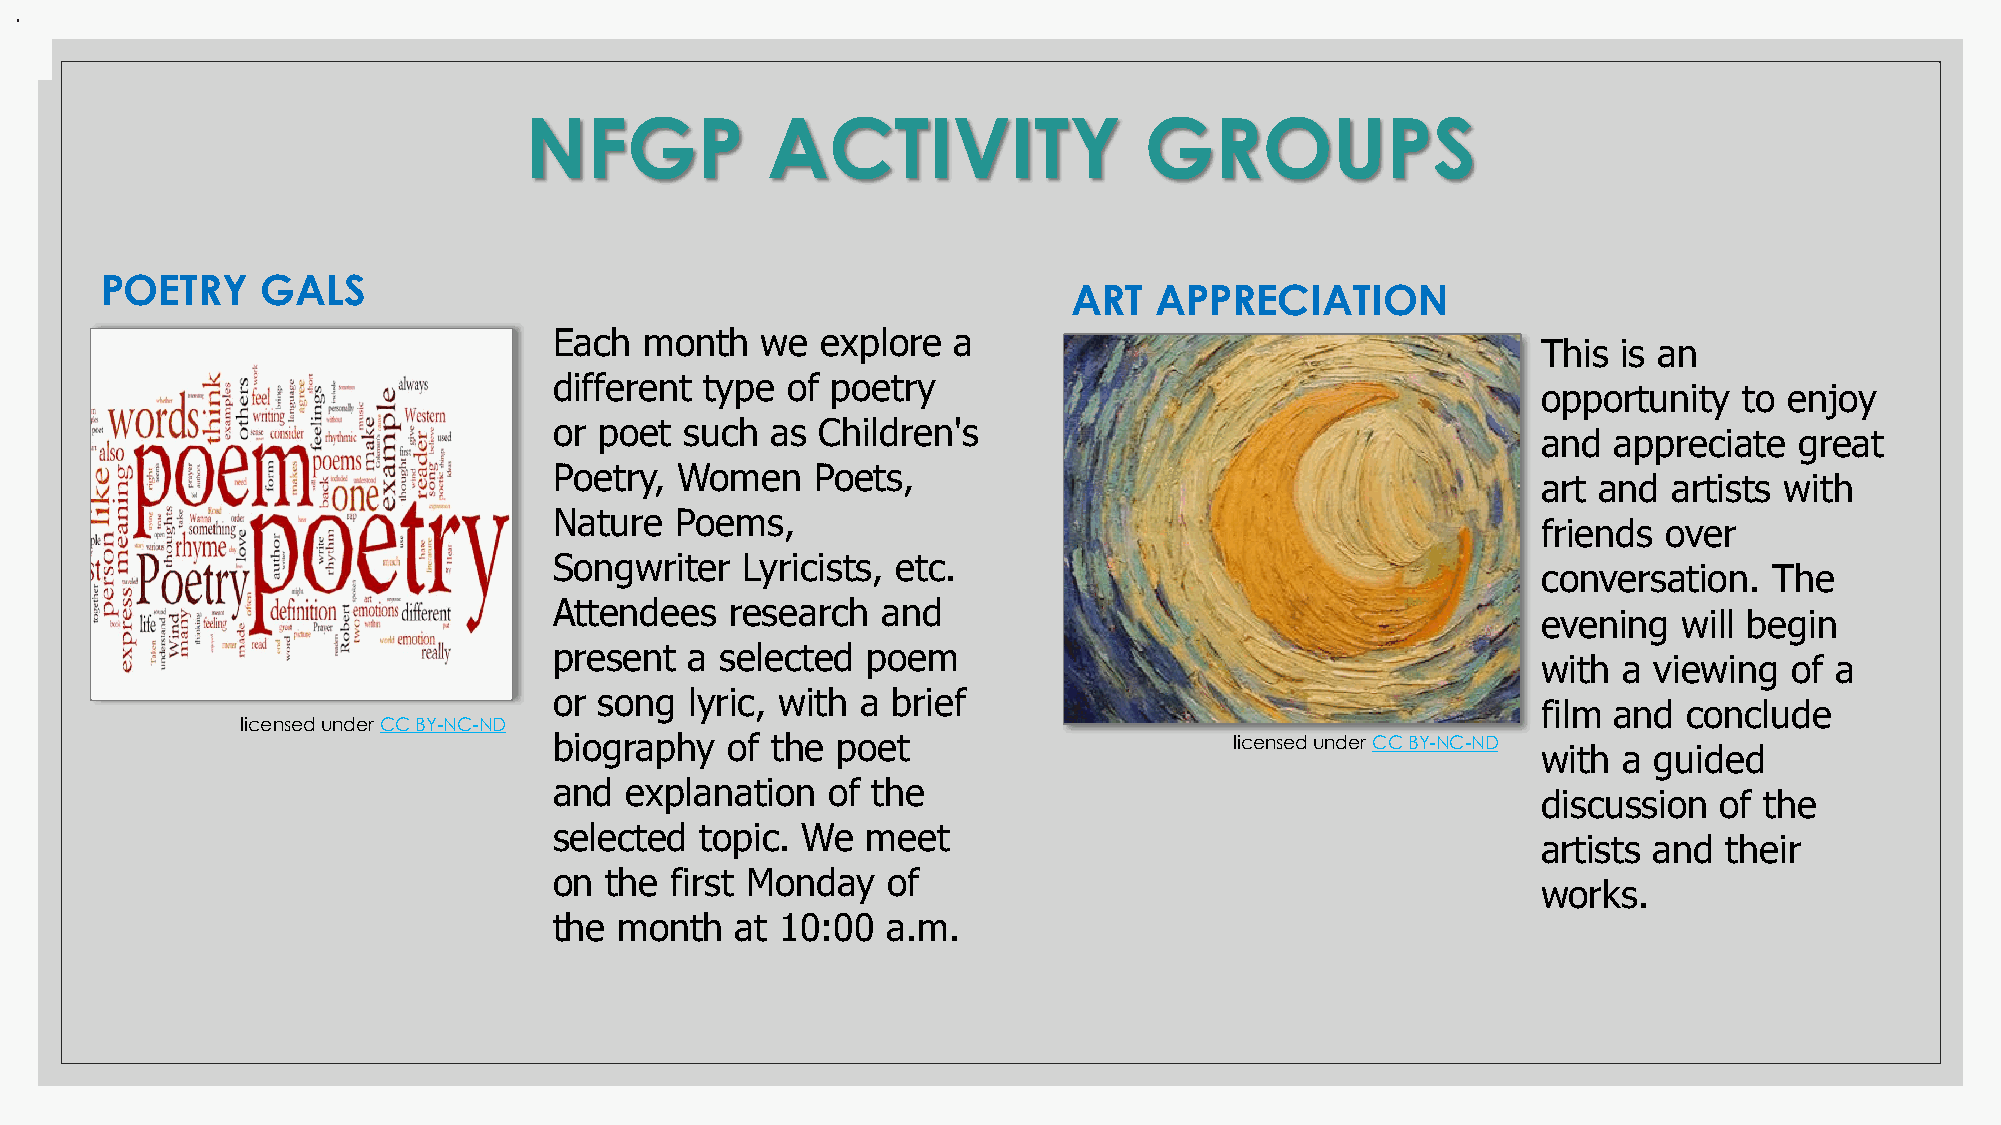
.
 NFGP            ACTIVITY                 GROUPS
 POETRY    GALS
 ART  APPRECIATION
 Each  month  we  explore  a
 This is an
 different type of poetry
 opportunity  to enjoy
 or poet such  as Children's
 and  appreciate  great
 Poetry, Women    Poets,
 art and  artists with
 Nature  Poems,
 friends over
 Songwriter  Lyricists, etc.
 conversation.  The
 Attendees  research  and
 evening  will begin
 present  a selected poem
 with a viewing   of a
 or song  lyric, with a brief
 film and  conclude
 licensed under CC BY-NC-ND
 biography  of the poet                       licensed under CC BY-NC-ND
 with a guided
 and explanation   of the
 discussion  of the
 selected topic. We  meet
 artists and their
 on the first Monday   of
 works.
 the month   at 10:00  a.m.